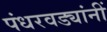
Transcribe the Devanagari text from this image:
पंधरवड्यांनीं